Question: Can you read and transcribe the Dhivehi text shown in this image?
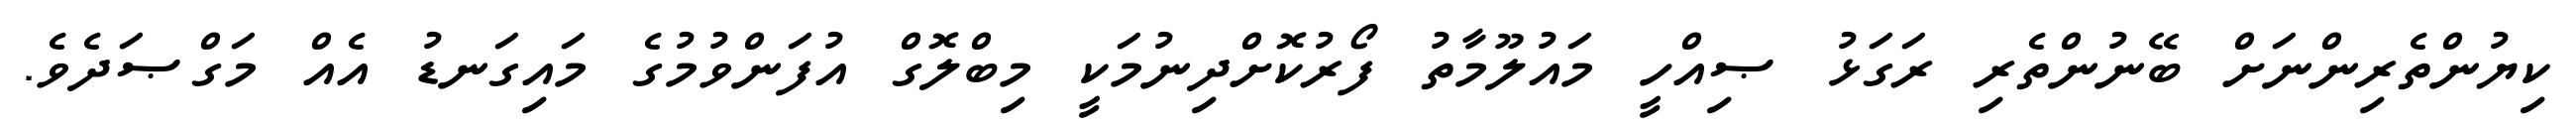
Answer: ކިޔުންތެރިންނަށް ބޭނުންތެރި ރަގަޅު ޞިއްހީ މައުލޫމާތު ފޯރުކޮށްދިނުމަކީ މިބްލޮގް އުފަންވުމުގެ މައިގަނޑު އެއް މަގްޞަދެވެ.